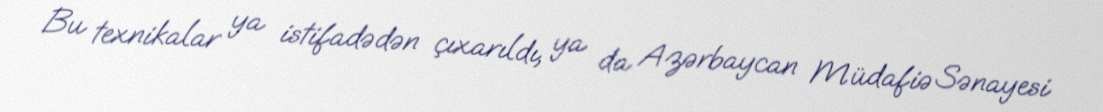
Bu texnikalar ya istifadədən çıxarıldı, ya da Azərbaycan Müdafiə Sənayesi